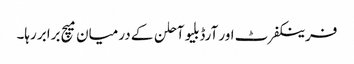
فرینکفرٹ اور آرڈبلیو آحلن کے درمیان میچ برابر رہا۔